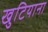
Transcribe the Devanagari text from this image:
खुटियाना